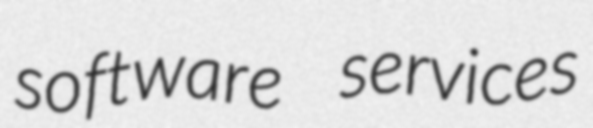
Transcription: software services